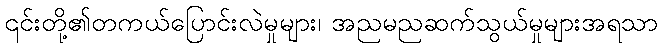
၎င်းတို့၏တကယ်ပြောင်းလဲမှုများ၊ အညမညဆက်သွယ်မှုများအရသာ